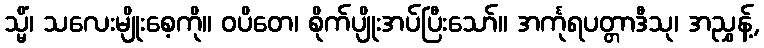
သ္မိံ၊ သလေးမျိုးစေ့ကို။ ဝပိတေ၊ စိုက်ပျိုးအပ်ပြီးသော်။ အင်္ကုရပတ္တာဒီသု၊ အညွှန့်,